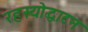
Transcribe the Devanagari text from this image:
रहस्योद्धाटन